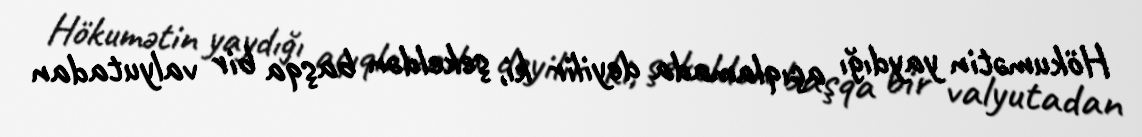
Hökumətin yaydığı açıqlamada deyilir ki, şekeldən başqa bir valyutadan